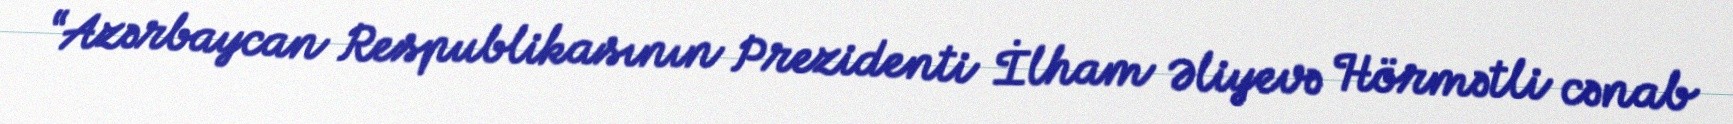
“Azərbaycan Respublikasının Prezidenti İlham Əliyevə Hörmətli cənab